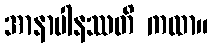
အာနာပါနဿတိ ကထာ။